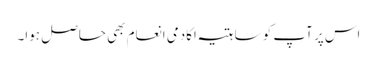
اس پر آپ کو ساہتیہ اکادمی انعام بھی حاصل ہوا۔